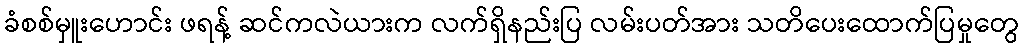
ခံစစ်မှူးဟောင်း ဖရန့် ဆင်ကလဲယားက လက်ရှိနည်းပြ လမ်းပတ်အား သတိပေးထောက်ပြမှုတွေ